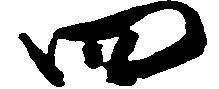
四